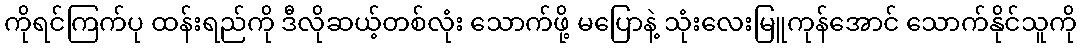
ကိုရင်ကြက်ပု ထန်းရည်ကို ဒီလိုဆယ့်တစ်လုံး သောက်ဖို့ မပြောနဲ့ သုံးလေးမြူကုန်အောင် သောက်နိုင်သူကို